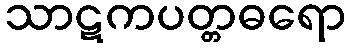
သာဋကပတ္တဓရော